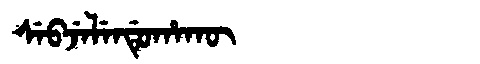
Manchu: ᠰᡝᠪᠵᡝᠯᡝᠨᡩᡠᡥᠠᡴᡡ
Romanization: SEBJELENDUHAKŪ